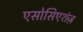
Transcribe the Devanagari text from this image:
एसोसिएशंज़